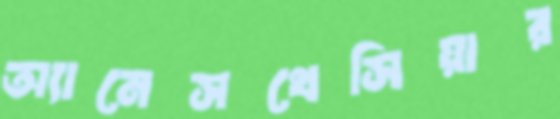
অ্যানেসথেসিয়ার